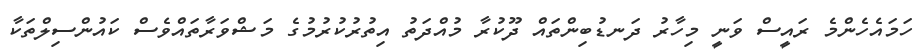
ހަމައެހެންމެ ރައީސް ވަނީ މިހާރު ދަނޑުބިންތައް ދޫކުރާ މުއްދަތު އިތުރުކުރުމުގެ މަޝްވަރާތައްވެސް ކައުންސިލްތަކާ